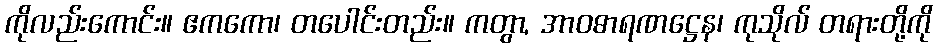
ကိုလည်းကောင်း။ ဧကကော၊ တပေါင်းတည်း။ ကတွာ, အာဝဓာရဏဋ္ဌေန၊ ကုသိုလ် တရားတို့ကို